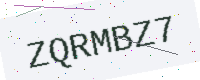
Text: ZQRMBZ7